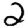
Digit: 2